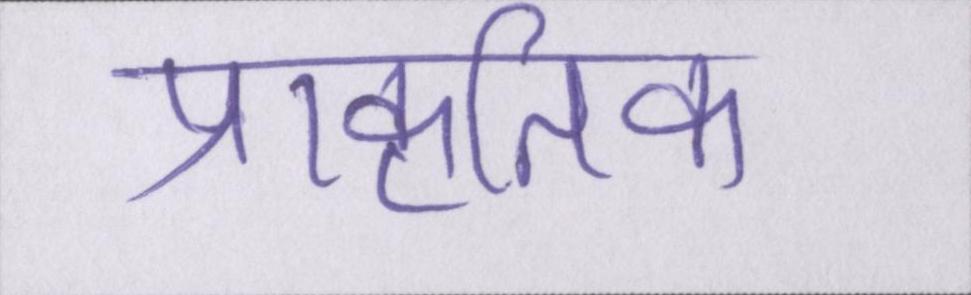
प्राकृतिक